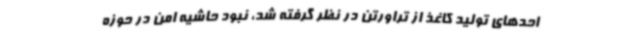
احدهای تولید کاغذ از تراورتن در نظر گرفته شد، نبود حاشیه امن در حوزه